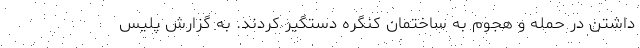
داشتن در حمله و هجوم به ساختمان کنگره دستگیر کردند. به گزارش پلیس